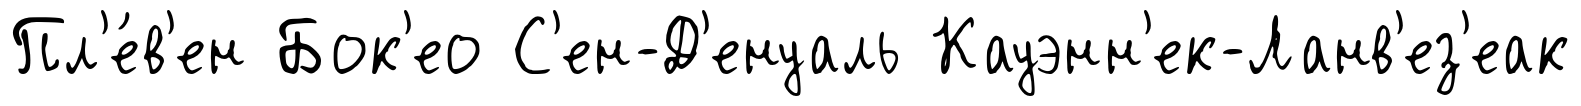
Пл'е́в'ен Бок'ео С'ен-Д'енуаль Кауэнн'ек-Ланв'ез'еак